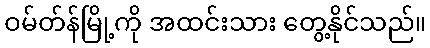
ဝမ်တ်န်မြို့ကို အထင်းသား တွေ့နိုင်သည်။